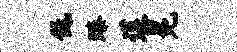
低臻莲冕